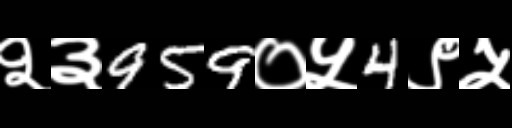
Text: २३959०५4९५